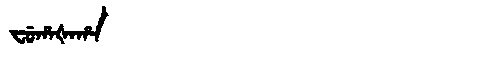
Manchu: ᠸᡠᡥᠠᡧᠠᡥᠠ
Romanization: FUHAŠAHA